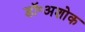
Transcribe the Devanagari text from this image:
डॉ॰अशोक